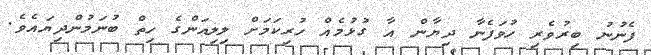
ފެނުނު ބިރުވެރި ހުވަފެނާ ދިޔާން އާ ގުޅުމެއް ހުރިކަމަށް ލިލިއަންގެ ހިތް ބުނަމުންދިޔައެވެ.